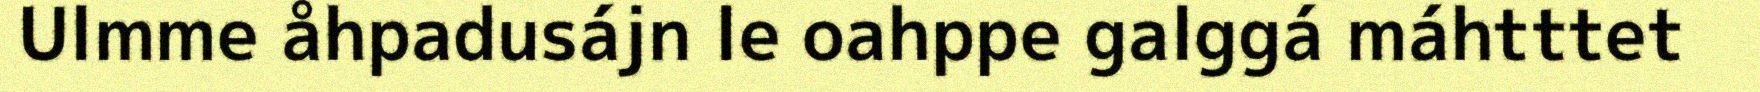
Ulmme åhpadusájn le oahppe galggá máhtttet